Medical and sanitary report of the native army of Bengal for the year
Year: 1876
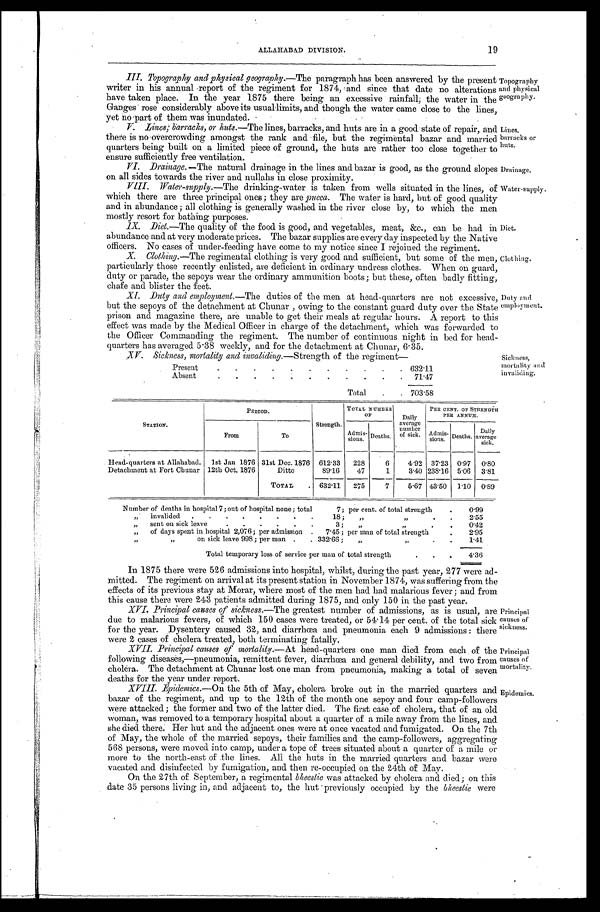
Drainage.
Water-supply.
Principal
causes of
mortality.
Epidemics.
ALLAHABAD DIVISION.
19
III. Topography and physical geography. —The paragraph has been answered by the present
writer in his annual report of the regiment for 1874, and since that date no alterations
have taken place. In the year 1875 there being an excessive rainfall; the water in the
Ganges rose considerably above its usual limits, and though the water came close to the lines,
yet no part of them was inundated.
V. Lines, barracks, or huts. —The lines, barracks, and huts are in a good state of repair, and
there is no overcrowding amongst the rank and file, but the regimental bazar and married
quarters being built on a limited piece of ground, the huts are rather too close together to
ensure sufficiently free ventilation.
Topography
and physical
geography.
Lines,
barracks or
huts.
VI. Drainage. —The natural drainage in the lines and bazar is good, as the ground slopes
on all sides towards the river and nullahs in close proximity.
VIII. Water-supply. —The drinking-water is taken from wells situated in the lines, of
which there are three principal ones ; they are pucca . The water is hard, but of good quality
and in abundance ; all clothing is generally washed in the river close by, to which the men
mostly resort for bathing purposes.
IX. Diet.—The quality of the food is good, and vegetables, meat, &c., can be had in
abundance and at very moderate prices. The bazar supplies are every day inspected by the Native
officers. No cases of under-feeding have come to my notice since I rejoined the regiment.
X. Clothing. —The regimental clothing is very good and sufficient, but some of the men,
particularly those recently enlisted, are deficient in ordinary undress clothes. When on guard,
duty or parade, the sepoys wear the ordinary ammunition boots ; but these, often badly fitting,
chafe and blister the feet.
Diet.
Clothing.
XI. Duty and employment. —The duties of the men at head-quarters are not excessive,
but the sepoys of the detachment at Chunar , owing to the constant guard duty over the State
prison and magazine there, are unable to get their meals at regular hours. A report to this
effect was made by the Medical Officer in charge of the detachment, which was forwarded to
the Officer Commanding the regiment. The number of continuous night in bed for head
-quarters has averaged 5.38 weekly, and for the detachment at Chunar, 6.35.
XV. Sickness, mortality and invaliding.—Strength of the regiment—
Present
.
.......... 632.11
Absent
...........
71.47
Total
.. 703.58
Duty and
employment.
Sickness,
mortality and
invaliding.
STATION.
PERIOD.
Strength.
TOTAL NUMBER
OF
Daily
average
number
of sick.
PER CENT. OF STRENGTH
PER ANNUM.
From
To
Admis-
sions. Deaths.
Admis-
sions. Deaths.
Daily
average
sick.
Head-quarters at Allahabad. 1st Jan 1876 31st Dec. 1876 612.33
228
6
4.92 37.23 0.97 0.80
Detachment at Fort Chunar 12th Oct. 1876
Ditto
89.16
47
1
3.40 238.16 5.06
3.81
TOTAL
. 632.11
275
7
5.67 43.50
1.10 0.89
Number of deaths in hospital 7 ; out of hospital none ; total
7 ; per cent. of total strength
.
0.99
„
invalided
........
18 ;
,,
„
. .
2.55
„
sent on sick leave
......
3 ;
,,
„
. .
0.42
„
of days spent in hospital 2,076 ; per admission .
7.45 ; per man of total strength
.
2 . 9 5
„
„
on sick leave 998 ; per man .
. 332.66 ;
„
„
. .
1.41
Total temporary loss of service per man of total strength
.
.
.
4.36
In 1875 there were 526 admissions into hospital, whilst, during the past year, 277 were ad
-mitted. The regiment on arrival at its present station in November 1874, was suffering from the
effects of its previous stay at Morar, where most of the men had bad malarious fever ; and from
this cause there were 243 patients admitted during 1875, and only 150 in the past year.
XVI. Principal causes of sickness. —The greatest number of admissions, as is usual, are
due to malarious fevers, of which 150 cases were treated, or 54.14 per cent. of the total sick
for the year. Dysentery caused 32, and diarrhœa and pneumonia each 9 admissions : there
were 2 cases of cholera treated, both terminating fatally.
Principal
causes of
sickness.
XVII. Principal causes of mortality. —At head-quarters one man died from each , of the
following diseases,—pneumonia, remittent fever, diarrhœa and general debility, and two from
cholera. The detachment at Chunar lost one man from pneumonia, making a total of seven
deaths for the year under report.
XVIII. Fpidemics.—On the 5th of May, cholera broke out in the married quarters and
bazar of the regiment, and up to the 12th of the month one sepoy and four camp-followers
were attacked ; the former and two of the latter died. The first case of cholera, that of an old
woman, was removed to a temporary hospital about a quarter of a mile away from the lines, and
she died there: Her hut and the adjacent ones were at once vacated and fumigated. On the 7th
of May, the whole of the married sepoys, their families and the camp-followers, aggregating
568 persons, were moved into camp, under a tope of trees situated about a quarter of a mile or
more to the north-east of the lines. All the huts in the married quarters and bazar were
vacated and disinfected by fumigation, and then re-occupied on the 24th of May.
On the 27th of September, a regimental bheestie was attacked by cholera and died ; on this
date 35 persons living in, and adjacent to, the hut previously occupied by the bheestie were